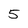
Character: 5